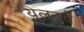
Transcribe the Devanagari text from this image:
युलरचे